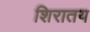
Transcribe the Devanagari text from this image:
शिरातय